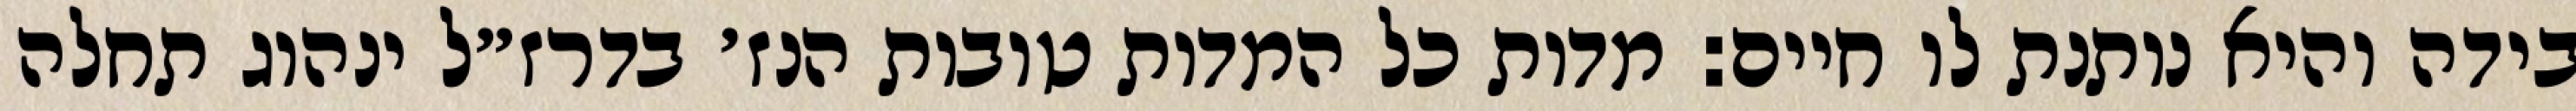
בידה והיא נותנת לו חיים: מדות כל המדות טובות הנז׳ בדרז״ל ינהוג תחלה